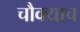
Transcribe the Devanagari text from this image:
चौक्याच